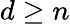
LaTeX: d\geq n